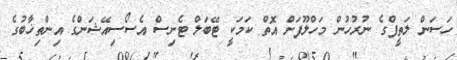
ހަސަން ލަތީފްގެ ނުރުހުން މަހްލޫފަށް އޮތް ކަމަކީ ޓޭބަލް ޓެނިސް އެސޯސިއޭޝަންގެ އިންތިޚާބުގެ